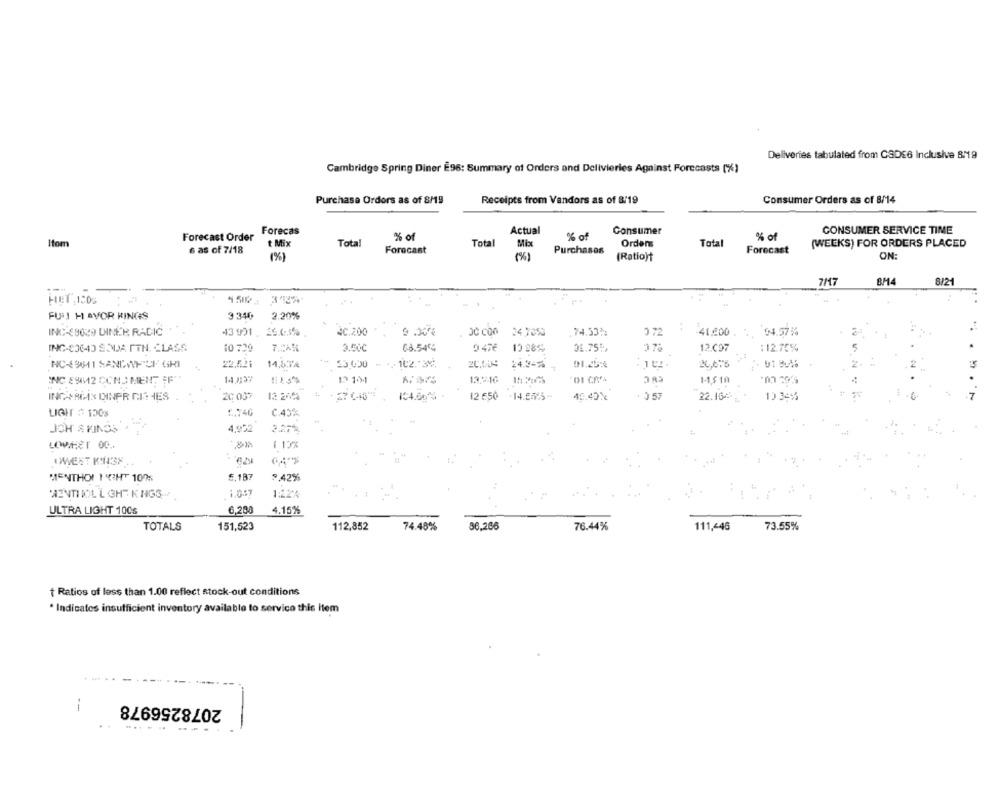
Deliveries tabulated from CSDE6 Inclusive 8/19
Cambridge Spring Diner Ê96: Summary of Orders and Delivieries Against Forecasts (%)
Purchase Ordors as of 8/19
Receipts from Vendors as of 8/19
Consumer Orders as of 8/14
Actual
Consumer
CONSUMER SERVICE TIME
Forecast Order
Forecas
% of
% of
% of
itom
t Mix
Total
Total
Ordens
Total
(WEEKS) FOR ORDERS PLACED
6 as of 7/18
Forecast
Purchases
Forecast
(%)
(%)
(Ratio)+
ON:
7/7
BM4
8121
HET,150g
FULI HAVOR KINGS
9 340
2.20%
INC-E9029 DINER RADIC
43991. 26.4:3%
4C.200
9 .30%
JC COO
34,705%
74.33%
3.72
41.200
04.578
INC-80640 SODA PTH. CLASS
10 729
7.04%
2.500
68.54%
0476 10 98%
31.751.
12.097
:12.75%
NC-49811 SANGAF OF GRI
22.521
14,63%
23.000 - ... 102 .- 36;
14.3-%
91.25:
20,675
UT BUSS
CH C
INC 89И2 CON) MENT IF"!
14 1137
13.216
01 CRf4
11,510
20 037
12 20%
104.60%.
12 650
45.40%
. 3 57
22.1621
INGARLA DINER NIE IES
10 34%
LIGHT # 150s
2.74G
C.43%
JOH S KINGS
4,952
2.27%
LOWHET OD ..
1 137
QWEST KYI3F
5.187
MENTHOL IGHT 1075
9,42%
'AENTI BOL L GH"" KINGS
1.057
1:12%
ULTRA LIGHT 100s
6,208
4.15%
TOTALS
151,523
112,852
74.48%
86,266
76.44%
111,446
73.55%
Ratios of less than 1.00 reflect stock-out conditions
* Indicates insufficient inventory available to service this item
2078256978
--
...----
-